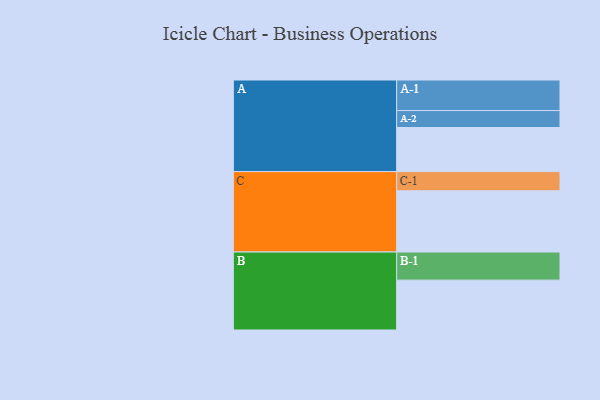
{"axis": {"x": "Segment", "y": "Value"}, "legend": ["", "A", "B", "C"], "data": [{"x": "A", "y": 395, "type": ""}, {"x": "B", "y": 447, "type": ""}, {"x": "C", "y": 549, "type": ""}, {"x": "A-1", "y": 274, "type": "A"}, {"x": "A-2", "y": 152, "type": "A"}, {"x": "B-1", "y": 252, "type": "B"}, {"x": "C-1", "y": 172, "type": "C"}]}